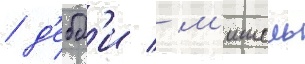
/ д'ебб'и / м'ишель